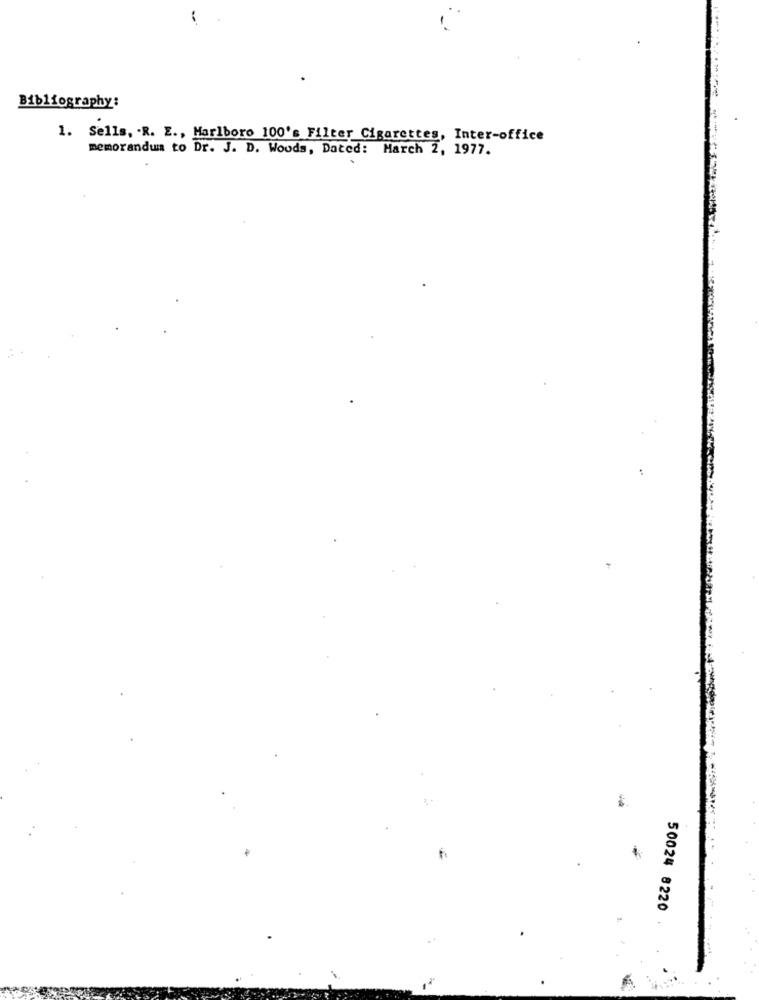
Bibliography:
1. Sells, . R. E ., Marlboro 100's Filter Cigarettes, Inter-office
memorandum to Dr. J. D. Woods, Dated: March 2, 1977.
50024 8220